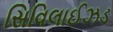
સિવિલાઈઝડ